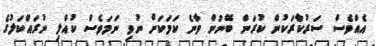
އެއްވެސް ސަރުކާރަކުން ކުރަން ބޭނުން ވާނެ ކަމަކަށް ނުވި ނަމަވެސް ކުއްލި ނުރައްކަލުގެ